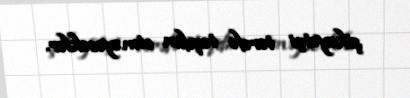
şikayətçi tərəfə təqdim etməyəcəklər.